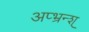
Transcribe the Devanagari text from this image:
अप्भ्रन्श्